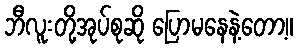
ဘီလူးတို့အုပ်စုဆို ပြောမနေနဲ့တော့။